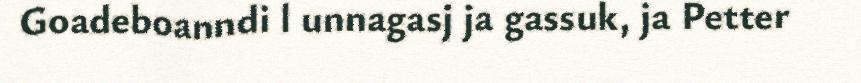
Goadeboanndi l unnagasj ja gassuk, ja Petter